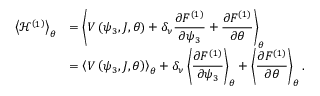
\begin{array} { c l } { \left< { \mathcal { H } ^ { \left( 1 \right) } } \right> _ { \theta } } & { = \displaystyle \left< { V \left( \psi _ { 3 } , J , \theta \right) + \delta _ { \nu } \frac { \partial F ^ { ( 1 ) } } { \partial \psi _ { 3 } } + \frac { \partial F ^ { ( 1 ) } } { \partial \theta } } \right> _ { \theta } } \\ & { = \displaystyle \left< { V \left( \psi _ { 3 } , J , \theta \right) } \right> _ { \theta } + \delta _ { \nu } \left< { \frac { \partial F ^ { ( 1 ) } } { \partial \psi _ { 3 } } } \right> _ { \theta } + \left< { \frac { \partial F ^ { ( 1 ) } } { \partial \theta } } \right> _ { \theta } . } \end{array}